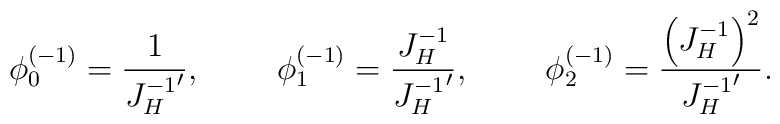
\phi_0^{(-1)}={1\over {J^{-1}_H}'},\qquad\; \phi_1^{(-1)}={J^{-1}_H\over {J^{-1}_H}'},\qquad \; \phi_2^{(-1)}={\left(J^{-1}_H\right)^2\over {J^{-1}_H}'}.